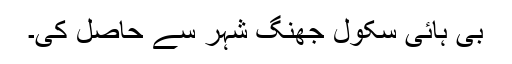
بی ہائی سکول جھنگ شہر سے حاصل کی۔